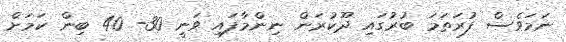
ނަމަވެސް ފުރަތަމަ ބުރުގައި ދޫކުރަން ނިންމާފައި ވަނީ 30- 40 ބިން ކަމަށް